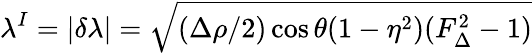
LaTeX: \lambda^{I}=|\delta\lambda|=\sqrt{(\Delta\rho/2)\cos\theta(1-\eta^{2})(F_{\Delta}^{2}-1)}